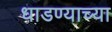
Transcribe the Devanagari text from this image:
धाडण्याच्या